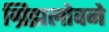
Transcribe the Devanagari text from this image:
ग्रिझलोवने